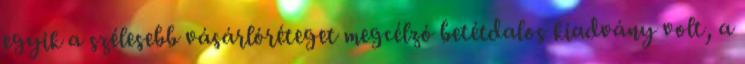
egyik a szélesebb vásárlóréteget megcélzó betétdalos kiadvány volt, a